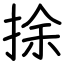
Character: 捈